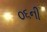
૦૬ની